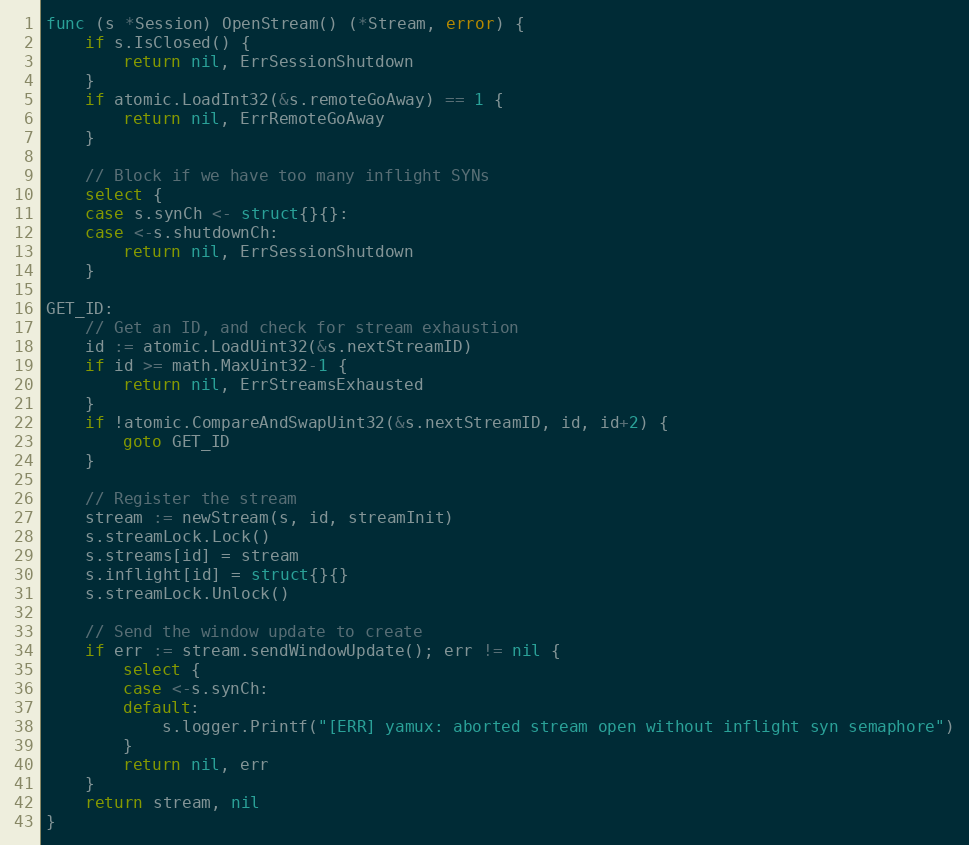
Language: Go
func (s *Session) OpenStream() (*Stream, error) {
	if s.IsClosed() {
		return nil, ErrSessionShutdown
	}
	if atomic.LoadInt32(&s.remoteGoAway) == 1 {
		return nil, ErrRemoteGoAway
	}

	// Block if we have too many inflight SYNs
	select {
	case s.synCh <- struct{}{}:
	case <-s.shutdownCh:
		return nil, ErrSessionShutdown
	}

GET_ID:
	// Get an ID, and check for stream exhaustion
	id := atomic.LoadUint32(&s.nextStreamID)
	if id >= math.MaxUint32-1 {
		return nil, ErrStreamsExhausted
	}
	if !atomic.CompareAndSwapUint32(&s.nextStreamID, id, id+2) {
		goto GET_ID
	}

	// Register the stream
	stream := newStream(s, id, streamInit)
	s.streamLock.Lock()
	s.streams[id] = stream
	s.inflight[id] = struct{}{}
	s.streamLock.Unlock()

	// Send the window update to create
	if err := stream.sendWindowUpdate(); err != nil {
		select {
		case <-s.synCh:
		default:
			s.logger.Printf("[ERR] yamux: aborted stream open without inflight syn semaphore")
		}
		return nil, err
	}
	return stream, nil
}